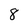
Character: 8